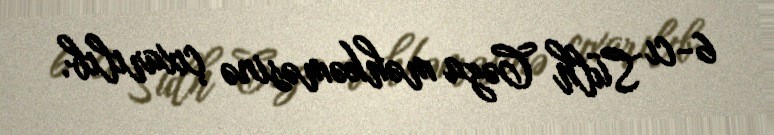
6-cı Sülh Cəza məhkəməsinə çıxarılıb.